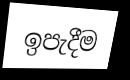
ඉපැදීම